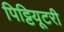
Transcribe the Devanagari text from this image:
पिट्टियूटरी